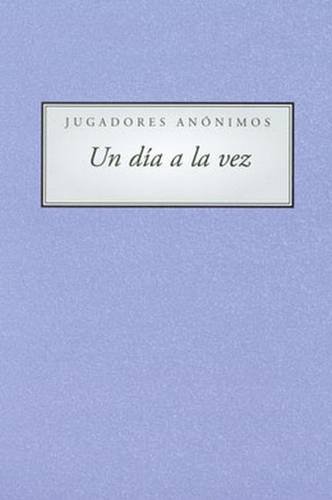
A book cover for Spanish A Day At a Time Gamblers Anonymous (Spanish Edition); Anonymous; Health, Fitness & Dieting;